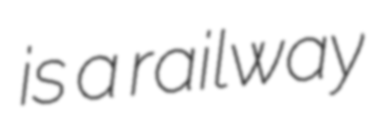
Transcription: is a railway